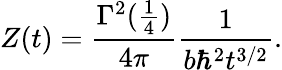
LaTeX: Z(t)={\frac{\Gamma^{2}({\frac{1}{4}})}{4\pi}}{\frac{1}{b\hbar^{2}t^{3/2}}}.